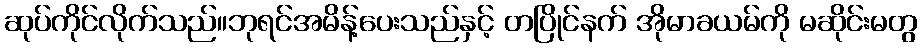
ဆုပ်ကိုင်လိုက်သည်။ဘုရင်အမိန့်ပေးသည်နှင့် တပြိုင်နက် အိုမာခယမ်ကို မဆိုင်းမတွ